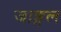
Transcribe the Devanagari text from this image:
जाङ्गल